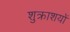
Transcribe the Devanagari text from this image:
शुक्राशयों